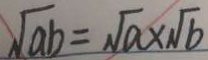
\sqrt { a b } = \sqrt { a } \times \sqrt { b }